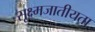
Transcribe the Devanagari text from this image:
सूक्ष्मजातीयता